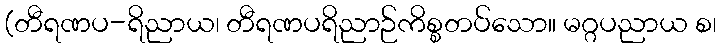
(တီရဏပ-ရိညာယ၊ တီရဏပရိညာဉ်ကိစ္စတပ်သော။ မဂ္ဂပညာယ စ၊